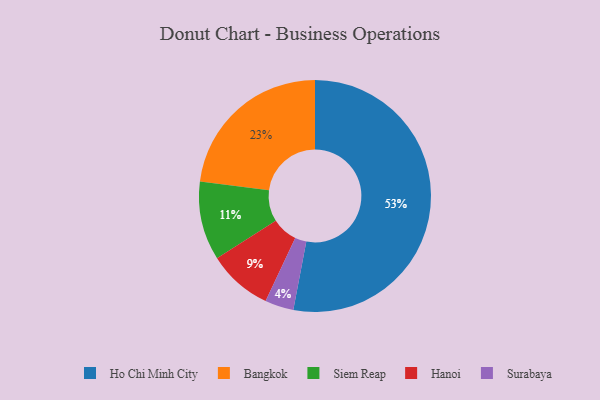
{"axis": {"x": "Category", "y": "Percentage"}, "legend": ["Bangkok", "Hanoi", "Ho Chi Minh City", "Siem Reap", "Surabaya"], "data": [{"x": "Hanoi", "y": 9, "type": "Hanoi"}, {"x": "Bangkok", "y": 23, "type": "Bangkok"}, {"x": "Ho Chi Minh City", "y": 53, "type": "Ho Chi Minh City"}, {"x": "Surabaya", "y": 4, "type": "Surabaya"}, {"x": "Siem Reap", "y": 11, "type": "Siem Reap"}]}